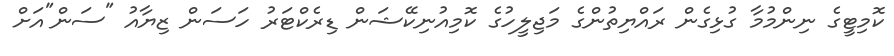
ކޮމިޓީގެ ނިންމުމާ ގުޅިގެން ރައްޔިތުންގެ މަޖިލީހުގެ ކޮމިއުނިކޭޝަން ޑިރެކްޓަރު ހަސަން ޒިޔާއު "ސަން"އަށް